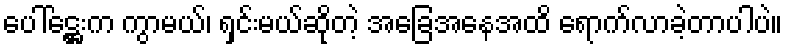
ပေါ်ဋ္ဌေးက ကွာမယ်၊ ရှင်းမယ်ဆိုတဲ့ အခြေအနေအထိ ရောက်လာခဲ့တာပါပဲ။